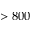
> 8 0 0